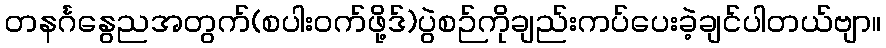
တနင်္ဂနွေညအတွက်(စပါးဝက်ဖို့ဒ်)ပွဲစဉ်ကိုချည်းကပ်ပေးခဲ့ချင်ပါတယ်ဗျာ။